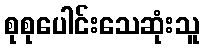
စုစုပေါင်းသေဆုံးသူ